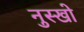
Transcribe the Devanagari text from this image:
नुस्खो